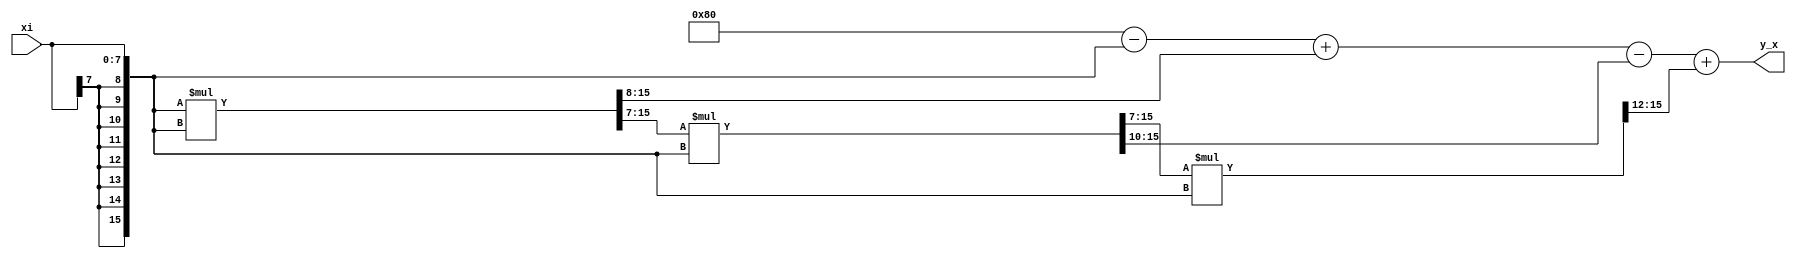
module exm (
  input [7:0] xi, 
  output [15:0] y_x 
); 
  
  wire  [15:0] x; 
  assign x = {{8{xi[7]}}, xi}; 
  
  // 1 + x + x2/2! + x3/3! + x4/4! ... 
  // Let us consider only first 4 terms 
  wire [15:0] x2, x3, x4; 
  
  assign x2 = (x * x) >>> 7; 
  assign x3 = (x2 * x) >>> 7; 
  assign x4 = (x3 * x) >>> 7; 
  
  wire [7:0] coff1, coff2, coff3; 
  
  assign coff1 = x2 >>> 1 ; 
  assign coff2 = x3 >>> 3; 
  assign coff3 = x4 >>> 5; 
  
  assign y_x = 8'd128 - x + coff1 - coff2 + coff3; 
  
endmodule